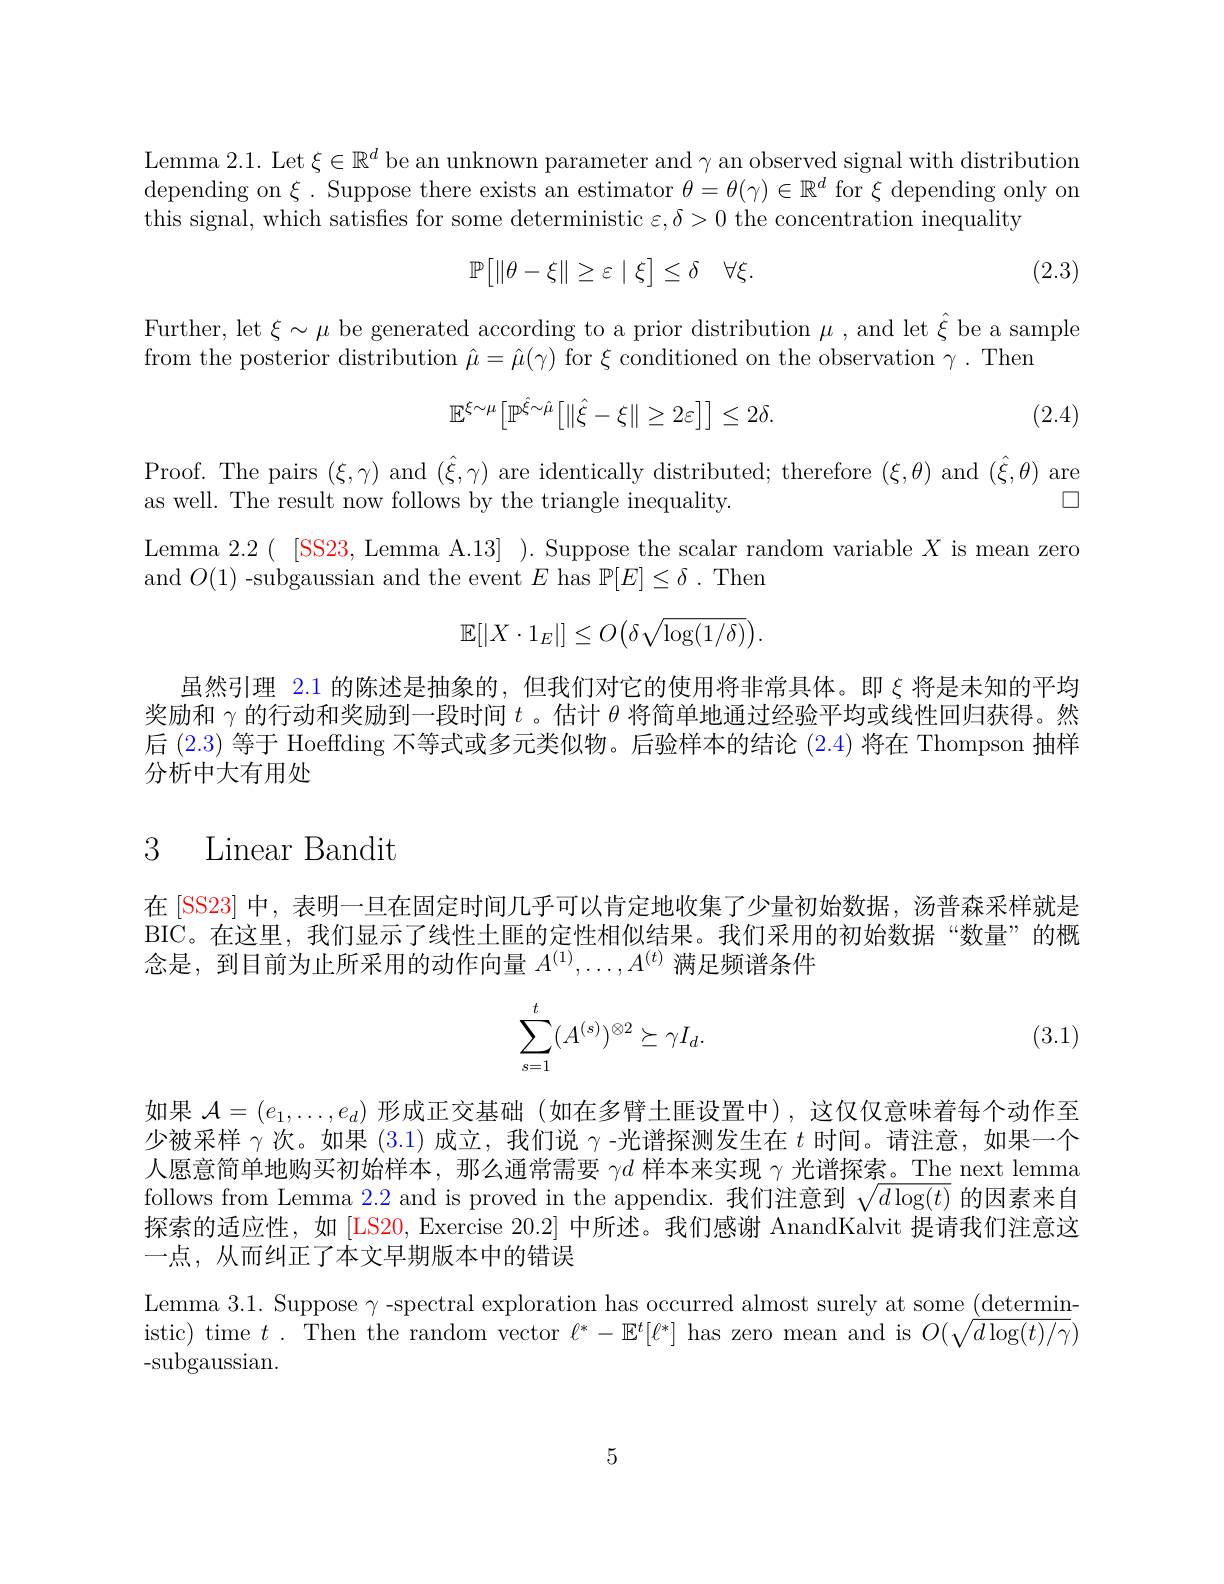
Lemma 2.1. Let $\xi\in\mathbb{R}^d$ be an unknown parameter and $\gamma$ an observed signal with distribution depending on $\xi.$ Suppose there exists an estimator $\theta=\theta(\gamma)\in\mathbb{R}^{d}$ for $\xi$ depending only on this signal, which satisfies for some deterministic $\varepsilon,\delta>0$ the concentration inequality

(2.3)
$$\mathbb{P}\big[\|\theta-\xi\|\geq\varepsilon\mid\xi\big]\leq\delta\quad\forall\xi.$$
Further, let $\xi\sim\mu$ be generated according to a prior distribution $\mu$, and let $\hat{\xi}$ be a sample
from the posterior distribution $\hat{\mu}=\hat{\mu}(\gamma)$ for $\xi$ conditioned on the observation $\gamma.$ Then
$$\mathbb{E}^{\xi\sim\mu}\Big[\mathbb{P}^{\hat{\xi}\sim\hat{\mu}}\Big[\|\hat{\xi}-\xi\|\geq2\varepsilon\Big]\Big]\leq2\delta.$$
(2.4)

Proof. The pairs $(\xi,\gamma)$ and $(\hat{\xi},\gamma)$ are identically distributed; therefore $(\xi,\theta)$ and $(\hat{\xi},\theta)$ are
as well. The result now follows by the triangle inequality.

口

$\begin{array}{c}{\mathrm{Lemma~2.2(~[SS23,~Lemma~A.13]~).~Suppose~the~scalar~random~variable~}X~is~mean~zero}\\{\mathrm{and~}O(1)~-subgaussian~and~the~event~}E~has~\mathbb{P}[E]\leq\delta~.~\mathrm{Then}\end{array}$
$$\mathbb{E}[|X\cdot1_E|]\leq O\big(\delta\sqrt{\log(1/\delta)}\big).$$
虽然引理 2.1 的陈述是抽象的，但我们对它的使用将非常具体。即$\xi$将是未知的平均奖励和$\gamma$的行动和奖励到一段时间$t$ 。估计$\theta$将简单地通过经验平均或线性回归获得。然后 (2.3) 等于 Hoeffding 不等式或多元类似物。后验样本的结论 (2.4) 将在 Thompson 抽样分析中大有用处

# 3 Linear Bandit

在 [SS23] 中，表明一旦在固定时间几乎可以肯定地收集了少量初始数据，汤普森采样就是BIC。在这里，我们显示了线性土匪的定性相似结果。我们采用的初始数据“数量”的概念是，到目前为止所采用的动作向量$A^{(1)},\ldots,A^{(t)}$满足频谱条件
$$\begin{aligned}\sum_{s=1}^t(A^{(s)})^{\otimes2}&\ge\gamma I_d.\end{aligned}$$
(3.1)

如果$\mathcal{A}=(e_1,\ldots,e_d)$形成正交基础 (如在多臂土匪设置中),这仅仅意味着每个动作至少被采样$\gamma$次。如果 (3.1)成立，我们说$\gamma$ -光谱探测发生在$t$时间。请注意，如果一个人愿意简单地购买初始样本，那么通常需要$\gamma d$样本来实现$\gamma$光谱探索。The next lemma follows from Lemma 22 and is proved in the appendix. 我们注意到$\sqrt d\log(t)$的因素来自探索的适应性，如 [LS20, Exercise 20.2] 中所述。我们感谢 AnandKalvit 提请我们注意这一点，从而纠正了本文早期版本中的错误

Lemma 3.1. Suppose $\gamma$ -spectral exploration has occurred almost surely at some (deterministic) time $t.$ Then the random vector $\ell^*-\mathbb{E}^t[\ell^*]$ has zero mean and is $O(\sqrt d\log(t)/\gamma)$ - subgaussian.

5